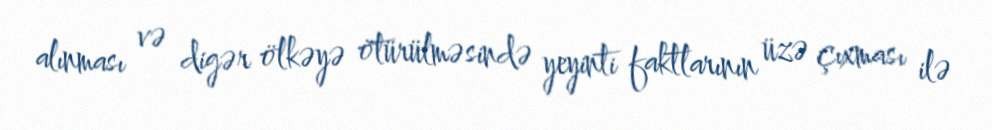
alınması və digər ölkəyə ötürülməsində yeyinti faktlarının üzə çıxması ilə